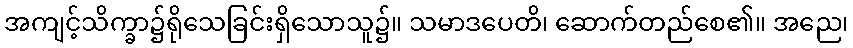
အကျင့်သိက္ခာ၌ရိုသေခြင်းရှိသောသူ၌။ သမာဒပေတိ၊ ဆောက်တည်စေ၏။ အညေ၊